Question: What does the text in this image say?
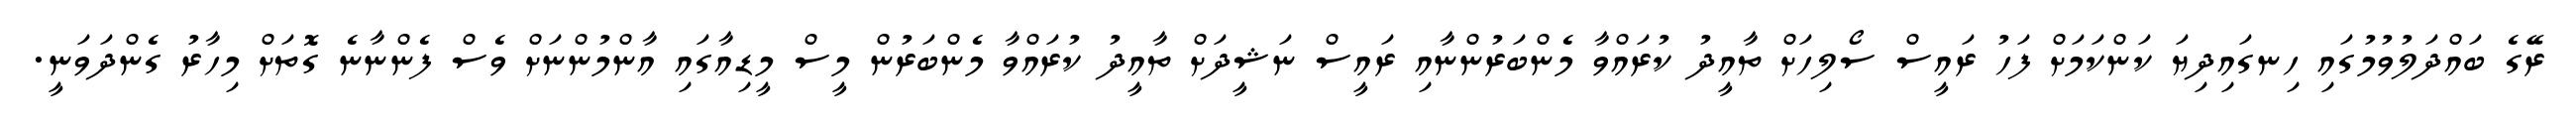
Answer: ރޭގެ ބައްދަލުވުމުގައި ހިނގައިދިޔަ ކަންކަމަށް ފަހު ރައީސް ސޯލިހަށް ތާއީދު ކުރައްވާ މެންބަރުންނާއި ރައީސް ނަޝީދަށް ތާއީދު ކުރައްވާ މެންބަރުން މީސް މީޑިއާގައި އާންމުންނަށް ވެސް ފެންނާނެ ގޮތަށް މިހާރު ގެންދަވަނީ.